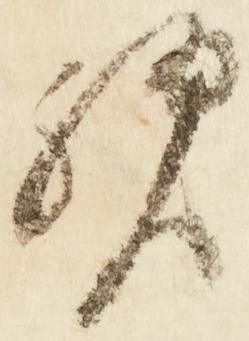
歟